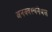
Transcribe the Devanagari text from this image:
अनक्वस्चनेबल